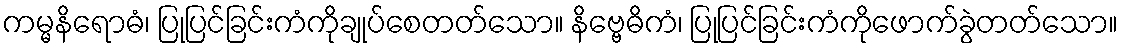
ကမ္မနိရောဓံ၊ ပြုပြင်ခြင်းကံကိုချုပ်စေတတ်သော။ နိဗ္ဗေဓိကံ၊ ပြုပြင်ခြင်းကံကိုဖောက်ခွဲတတ်သော။